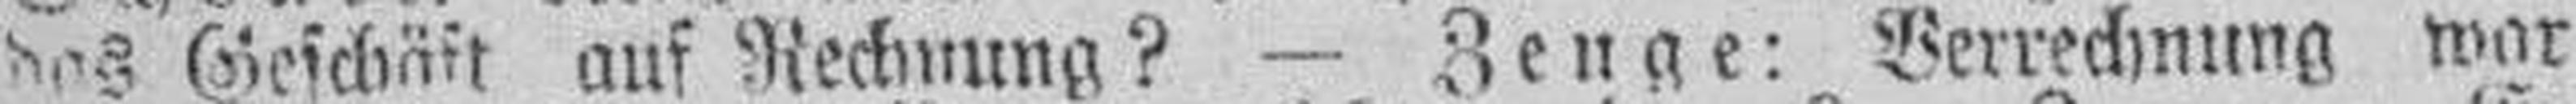
das Geschäft auf Rechnung? — Zeuge: Verrechnung war